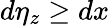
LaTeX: d\eta_{z}\ge{dx}